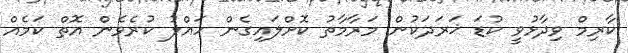
ކާރިމް ވިދާޅުވީ ކުޑަ ޚަރަދަކުން މަރާމާތު ކޮށްލައިގެން ހައްލު ކުރެވެން އޮތް ކަމެއް